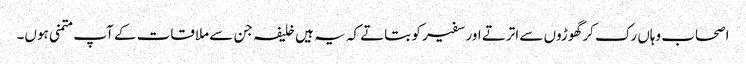
اصحاب وہاں رک کر گھوڑوں سے اترتے اور سفیر کو بتاتے کہ یہ ہیں خلیفہ جن سے ملاقات کے آپ متمنی ہوں۔